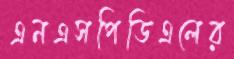
এনএসপিডিএলের